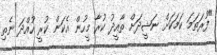
"ފުރަތަމަ ކަމަކަށް ނަޝީދަށް ތާއީދު ކުރާ މީހުން އެކަން ކުރީ ހުއްދަ ނެތި